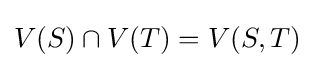
V(S)\cap V(T)=V(S,T)